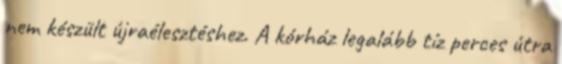
nem készült újraélesztéshez. A kórház legalább tíz perces útra